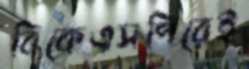
বিকেএসপিরেই